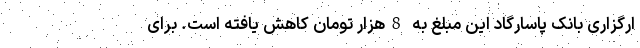
ارگزاری بانک پاسارگاد این مبلغ به 8هزار تومان کاهش یافته است. برای